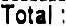
TOTAL :